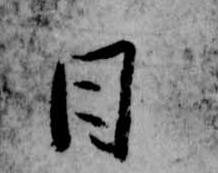
日